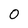
Character: 0